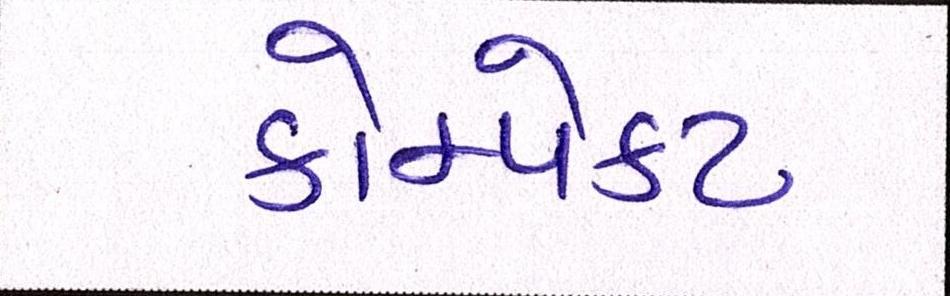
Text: કોમ્પેક્ટ